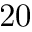
2 0